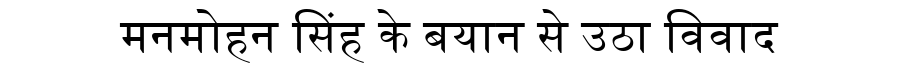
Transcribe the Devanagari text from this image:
मनमोहन सिंह के बयान से उठा विवाद